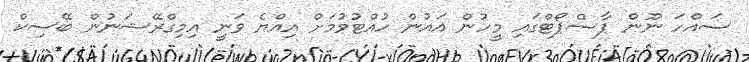
ސައްހަ ނޫން ޕާސްޕޯޓްގައި މީހުން އައުން ހުއްޓުވުމަށް އިއްޔެ ވަނީ އިމިގްރޭޝަނުން ބޭސިކް